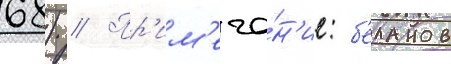
68) // Пр'им'еча́н'ие: б'еланов